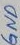
Text: GND